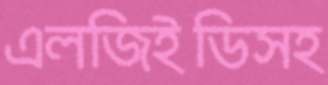
এলজিইডিসহ